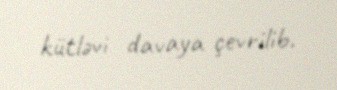
kütləvi davaya çevrilib.